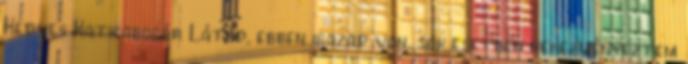
Kedves Katicabogár Látod, ebben igazad van, sok esetben nehezményeztem